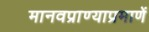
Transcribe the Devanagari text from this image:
मानवप्राण्याप्रमाणें